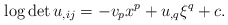
\begin{align*} \log\det u_{,ij}=-v_px^p+u_{,q}\xi^q+c. \end{align*}